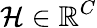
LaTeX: \mathcal{H}\in\mathbb{R}^{C}